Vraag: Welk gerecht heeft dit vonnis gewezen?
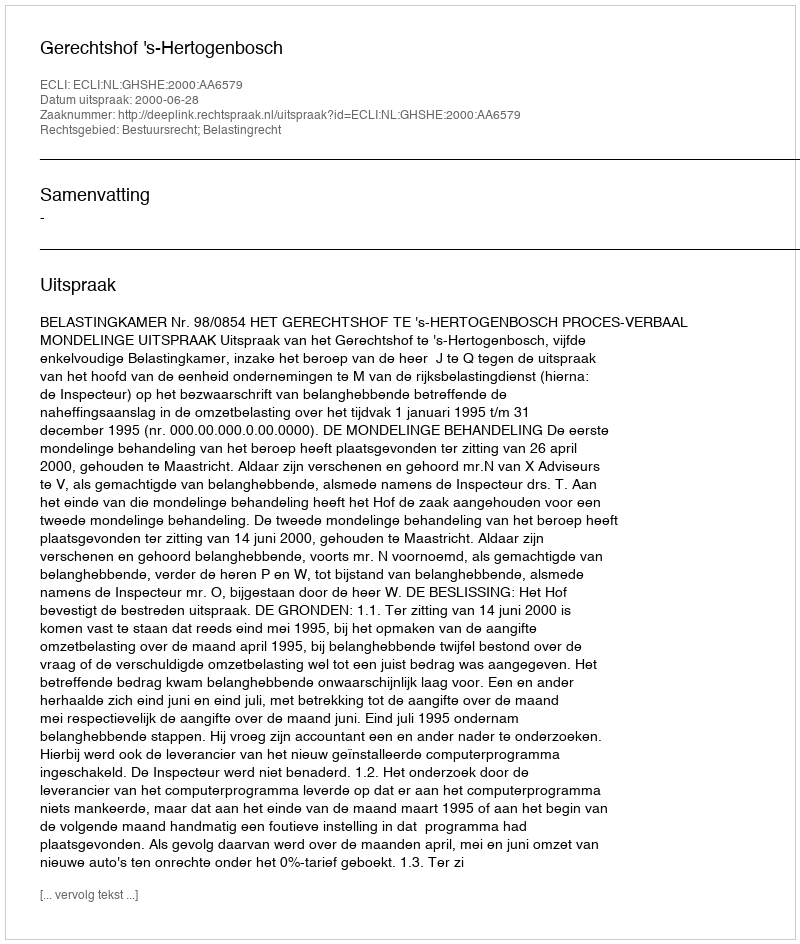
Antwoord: Gerechtshof 's-Hertogenbosch